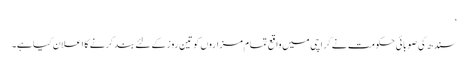
‘
سندھ کی صوبائی حکومت نے کراچی میں واقع تمام مزاروں کو تین روز کے لئے بند کرنے کا اعلان کیا ہے۔